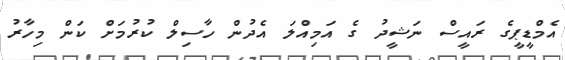
އެމްޑީޕީގެ ރައީސް ނަޝީދު ގެ އަމިއްލަ އެދުން ހާސިލް ކުރުމަށް ކަން މިހާރު